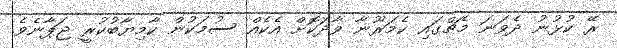
ރޭ ކުޅުނު ދެވަނަ މެޗްގައި ކެމަރޫނާ ވާދަކޮށް އެކެއް ސުމަކުން ކާމިޔާބުކުރީ ޖަޕާނެވެ.